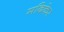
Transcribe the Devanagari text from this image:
मदिकेर